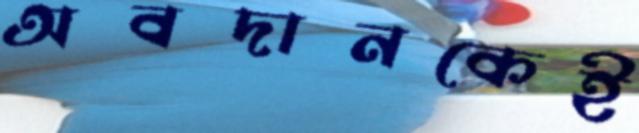
অবদানকেই